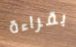
بقراءة